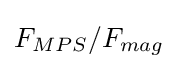
F_{MPS}/F_{mag}